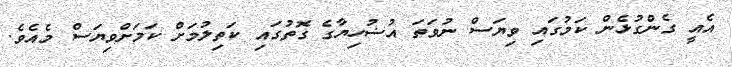
އެއީ ގެންގުޅެން ކަމުގައި ވިޔަސް ނުވަތަ އުޟުހިޔާގެ ގޮތުގައި ކަތިލުމަށް ކަމަށްވިޔަސް މެއެވެ.